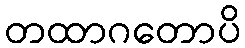
တထာဂတောပိ